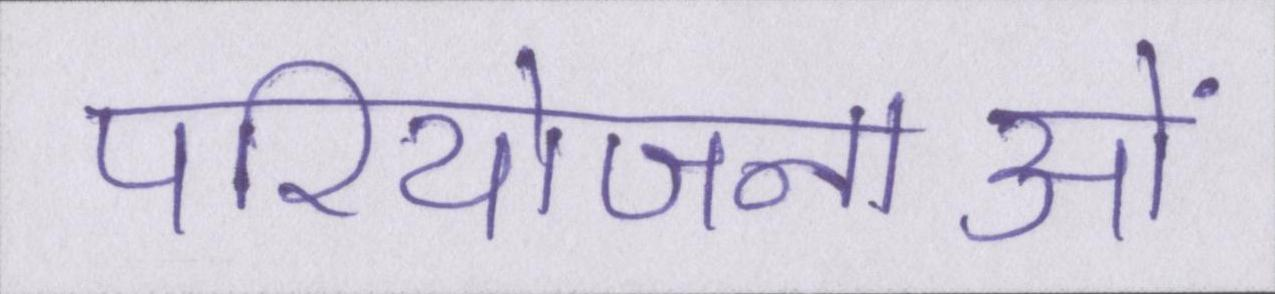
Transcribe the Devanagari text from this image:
परियोजनाओं